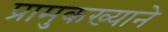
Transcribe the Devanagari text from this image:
प्रामुकख्याने